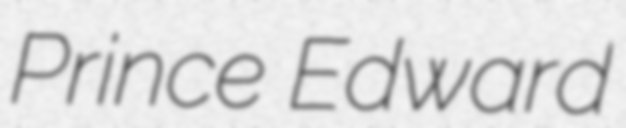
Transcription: Prince Edward